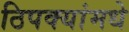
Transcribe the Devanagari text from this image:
ठिपक्यांमधे